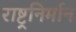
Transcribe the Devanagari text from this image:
राष्ट्रनिर्मान